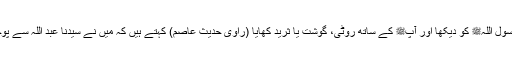
1561: سیدنا عبد اللہ بن سرجسؓ کہتے ہیں کہ میں نے رسول اللہﷺ کو دیکھا اور آپﷺ کے ساتھ روٹی، گوشت یا ثرید کھایا (راوی حدیث عاصم) کہتے ہیں کہ میں نے سیدنا عبد اللہؓ سے پوچھا کہ رسول اللہﷺ نے تمہارے لئے بخشش کی دعا کی؟